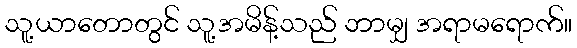
သူ့ယာတောတွင် သူ့အမိန့်သည် ဘာမျှ အရာမရောက်။